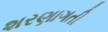
શરણાગતી